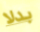
بدلا